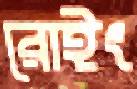
রোইং